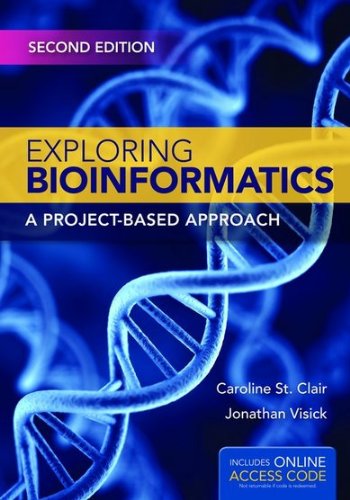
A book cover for Exploring Bioinformatics: A Project-Based Approach; Caroline St. Clair; Computers & Technology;